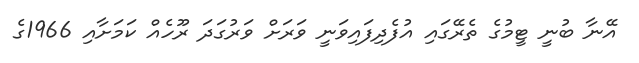
އޭނާ ބުނީ ޓީމުގެ ތެރޭގައި އުފެދިފައިވަނީ ވަރަށް ވަރުގަދަ ރޫހެއް ކަމަށާއި 1966ގެ